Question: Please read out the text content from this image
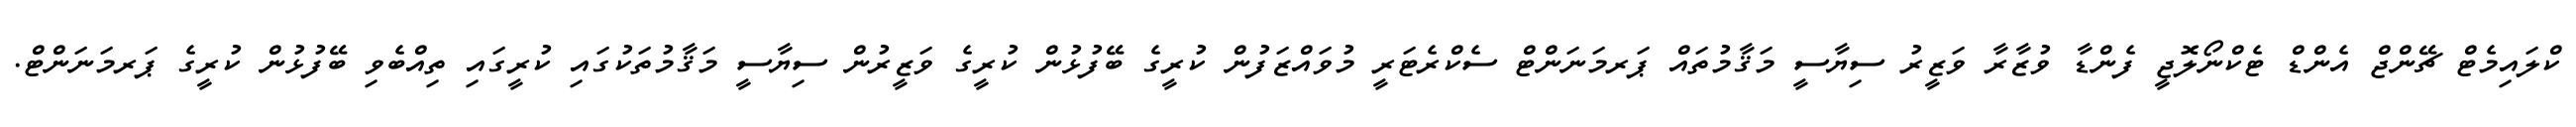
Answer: ކްލައިމެޓް ޗޭންޖް އެންޑް ޓެކްނޯލޮޖީ ފެންޑާ ވުޒާރާ ވަޒީރު ސިޔާސީ މަޤާމުތައް ޕަރމަނަންޓް ސެކްރެޓަރީ މުވައްޒަފުން ކުރީގެ ބޭފުޅުން ކުރީގެ ވަޒީރުން ސިޔާސީ މަޤާމުތަކުގައި ކުރީގައި ތިއްބެވި ބޭފުޅުން ކުރީގެ ޕަރމަނަންޓް.